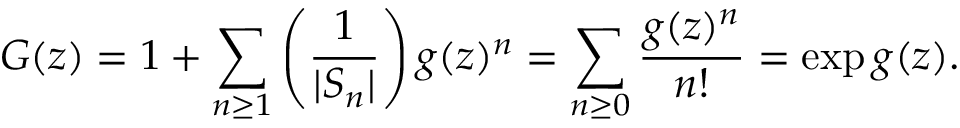
G ( z ) = 1 + \sum _ { n \geq 1 } \left( { \frac { 1 } { | S _ { n } | } } \right) g ( z ) ^ { n } = \sum _ { n \geq 0 } { \frac { g ( z ) ^ { n } } { n ! } } = \exp g ( z ) .